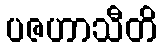
ပဇဟာသီတိ